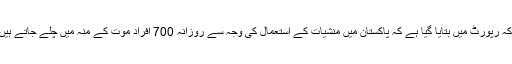
انہوں نے دکھ بھرے انداز میں امریکی جریدے فارن پالیسی کی حالیہ رپورٹ کا حوالہ دیتے ہوئے کہا کہ رپورٹ میں بتایا گیا ہے کہ پاکستان میں منشیات کے استعمال کی وجہ سے روزانہ 700 افراد موت کے منہ میں چلے جاتے ہیں اور منشیات استعمال کرنے والوں میں زیادہ تعداد نوجوانوں کی ہے جس میں طلباء و طالبات شامل ہیں۔